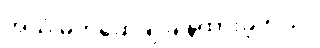
အသံ မတ်ဆေ့ချ် ချန်ထားခဲ့တယ်။